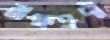
ব্রাহ্মণদী